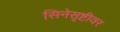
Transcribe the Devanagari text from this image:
सिनेसृष्टीवर